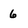
Character: 6